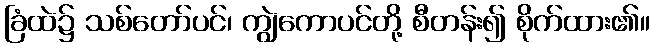
ခြံထဲ၌ သစ်တော်ပင်၊ ကျွဲကောပင်တို့ စီတန်း၍ စိုက်ထား၏။